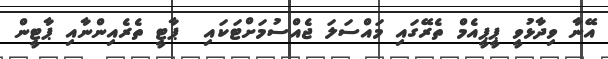
އޭނާ ވިދާޅުވީ ޕީޕީއެމް ތެރޭގައި މައްސަލަ ޖެއްސުމަށްޓަކައި  ޕާޓީ ތެރެއިންނާއި ޕާޓީން